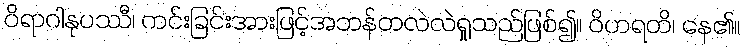
ဝိရာဂါနုပဿီ၊ ကင်းခြင်းအားဖြင့်အဘန်တလဲလဲရှုသည်ဖြစ်၍။ ဝိဟရတိ၊ နေ၏။